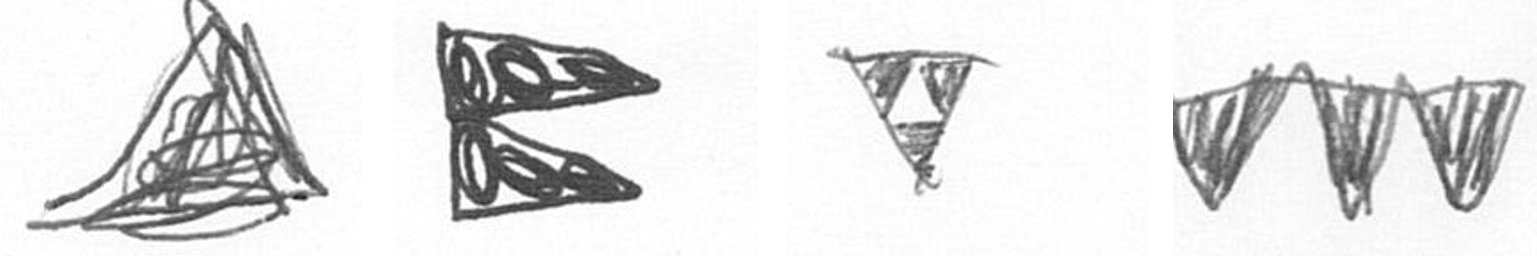
O P S L